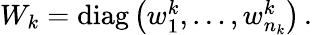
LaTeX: \begin{array}{r}{W_{k}=\mathrm{diag}\left(w_{1}^{k},\dots,w_{n_{k}}^{k}\right)\, .}\end{array}